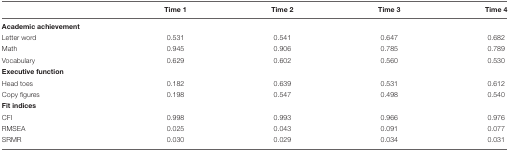
|  | Time 1 | Time 2 | Time 3 | Time 4 |
 | --- | --- | --- | --- | --- |
 | Academic achievement |  |  |  |  |
 | Letter word | 0.531 | 0.541 | 0.647 | 0.682 |
 | Math | 0.945 | 0.906 | 0.785 | 0.789 |
 | Vocabulary | 0.629 | 0.602 | 0.560 | 0.530 |
 | Executive function |  |  |  |  |
 | Head toes | 0.182 | 0.639 | 0.531 | 0.612 |
 | Copy figures | 0.198 | 0.547 | 0.498 | 0.540 |
 | Fit indices |  |  |  |  |
 | CFI | 0.998 | 0.993 | 0.966 | 0.976 |
 | RMSEA | 0.025 | 0.043 | 0.091 | 0.077 |
 | SRMR | 0.030 | 0.029 | 0.034 | 0.031 |